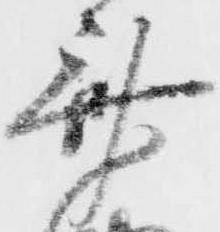
斎